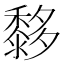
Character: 𪐀